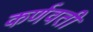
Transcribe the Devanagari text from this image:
कर्णवती